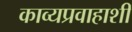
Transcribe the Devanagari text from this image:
काव्यप्रवाहाशी